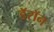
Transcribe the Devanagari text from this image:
डॅरॉन